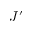
J ^ { \prime }